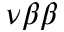
\nu \beta \beta